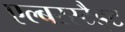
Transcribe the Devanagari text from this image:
एल्बरस्टैड्ट